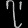
Digit: ၇